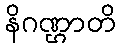
နိဂဏ္ဌာတိ